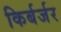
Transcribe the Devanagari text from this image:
किर्बर्जर